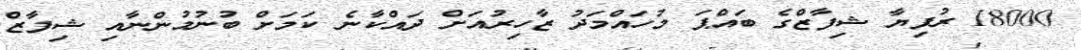
18000 ރުފިޔާ ޝިފާޒްގެ ބައްޕަ މުހައްމަދު ޒާހިރުއަށް ދައްކާނެ ކަމަށް ބުނުމުންނާއި ޝިފާޒް